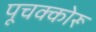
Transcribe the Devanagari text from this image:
पूचक्कोरू